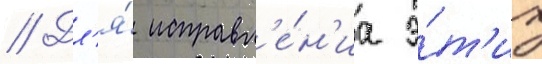
// Дл'я́ исправл'е́н'иа э́т'их